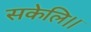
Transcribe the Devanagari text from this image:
सकेलि।।